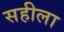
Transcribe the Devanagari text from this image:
सहीला